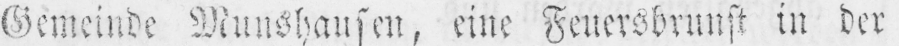
Gemeinde Munshausen, eine Feuersbrunst in der